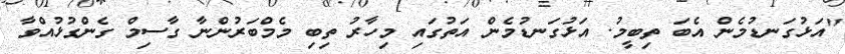
"އަޅުގަނޑުމެން އެބަ ތިބީމު. އަޅުގަނޑުމެން އަތުގައި މިހާރު ތިބި މެމްބަރުންނާ ގާސިމް ގެންގުޅުއްވާ